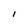
Character: I